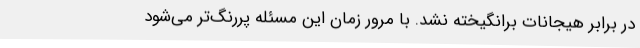
در برابر هیجانات برانگیخته نشد. با مرور زمان این مسئله پررنگ‌تر می‌شود